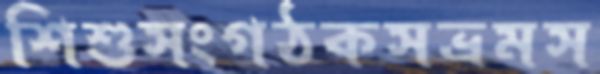
শিশুসংগঠকসভ্রমস